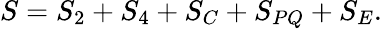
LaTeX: S=S_{2}+S_{4}+S_{C}+S_{PQ}+S_{E}.